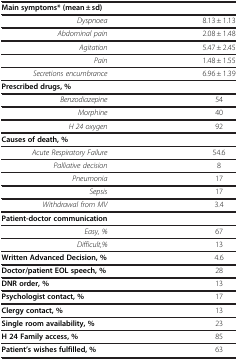
| Main symptoms* (mean ± sd) |  |
 | --- | --- |
 | Dyspnoea | 8.13 ± 1.13 |
 | Abdominal pain | 2.08 ± 1.48 |
 | Agitation | 5.47 ± 2.45 |
 | Pain | 1.48 ± 1.55 |
 | Secretions encumbrance | 6.96 ± 1.39 |
 | Prescribed drugs, % |  |
 | Benzodiazepine | 54 |
 | Morphine | 40 |
 | H 24 oxygen | 92 |
 | Causes of death, % |  |
 | Acute Respiratory Failure | 54.6 |
 | Palliative decision | 8 |
 | Pneumonia | 17 |
 | Sepsis | 17 |
 | Withdrawal from MV | 3.4 |
 | Patient-doctor communication |  |
 | Easy, % | 67 |
 | Difficult,% | 13 |
 | Written Advanced Decision, % | 4.6 |
 | Doctor/patient EOL speech, % | 28 |
 | DNR order, % | 13 |
 | Psychologist contact, % | 17 |
 | Clergy contact, % | 13 |
 | Single room availability, % | 23 |
 | H 24 Family access, % | 85 |
 | Patient’s wishes fulfilled, % | 63 |